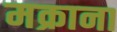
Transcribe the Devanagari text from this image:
मक्राना